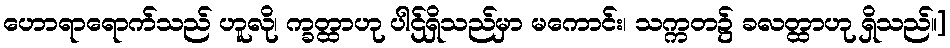
ဟောရာရောက်သည် ဟူလို၊ က္ခတ္ထာဟု ပါဌ်ရှိသည်မှာ မကောင်း၊ သက္ကတ၌ ခလတ္ထာဟု ရှိသည်။]